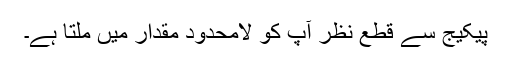
پیکیج سے قطع نظر آپ کو لامحدود مقدار میں ملتا ہے۔